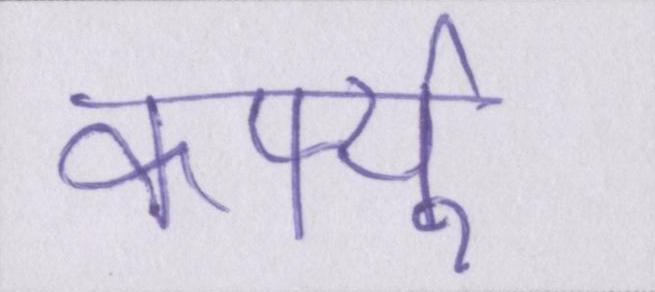
कर्फ्यू